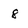
Character: 8